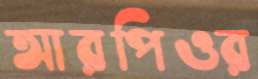
আরপিওর